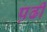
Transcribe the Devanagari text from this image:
प़ढी